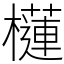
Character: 櫣